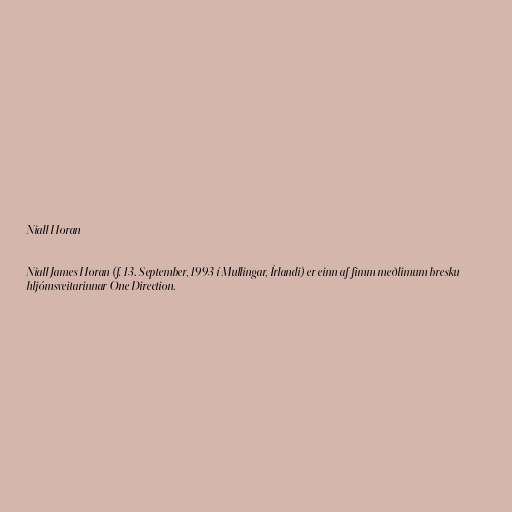
Niall Horan

Niall James Horan (f. 13. September, 1993 í Mullingar, Írlandi) er einn af fimm meðlimum bresku
hljómsveitarinnar One Direction.